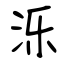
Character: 泺